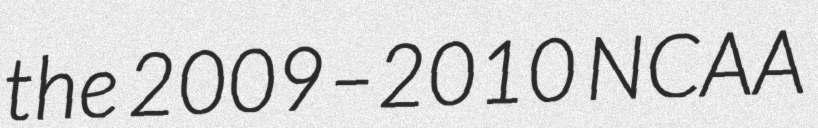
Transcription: the 2009–2010 NCAA